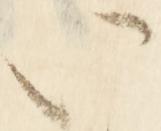
い